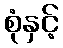
စုံနှင့်